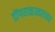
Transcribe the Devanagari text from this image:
डोंगराळउतारावर